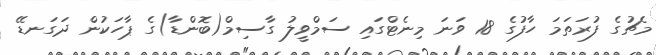
މެޗުގެ ފުރަތަމަ ހާފުގެ 18 ވަނަ މިނެޓްގައި ސަމްވީލު ގާސިމް(ބޮންޑާ)ގެ ޕާހަކުން ދަގަނޑޭ